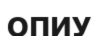
ОПИУ